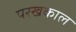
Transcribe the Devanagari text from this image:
परखकाल